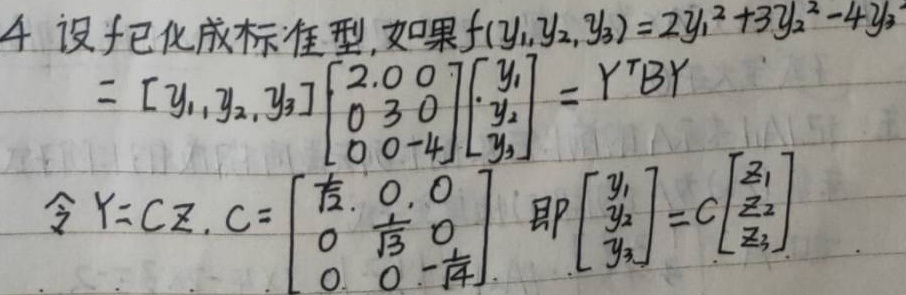
4 设\(f\)化成标准型，如果
\[
f(y_1,y_2,y_3)=2y_1^{2}+3y_2^{2}-4y_3^{2}=\begin{bmatrix}y_1,y_2,y_3\end{bmatrix}\begin{bmatrix}2&0&0\\0&3&0\\0&0& - 4\end{bmatrix}\begin{bmatrix}y_1\\y_2\\y_3\end{bmatrix}=Y^{T}BY
\]
令\(Y = CZ\)，\(C=\begin{bmatrix}\frac{1}{\sqrt{2}}&0&0\\0&\frac{1}{\sqrt{3}}&0\\0&0&-\frac{1}{2}\end{bmatrix}\)，即\(\begin{bmatrix}y_1\\y_2\\y_3\end{bmatrix}=C\begin{bmatrix}z_1\\z_2\\z_3\end{bmatrix}\)